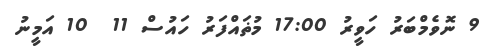
9 ނޮވެމްބަރު ހަވީރު 17:00 މުޡައްފަރު ހައުސް 11  10 އަމީނު